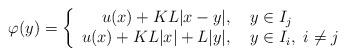
LaTeX: \begin{align*} \varphi(y) = \left\{ \begin{array}{r l}u(x) + KL|x - y|, & \, \, y \in I_{j} \\u(x) + KL|x| + L|y|, & \, \, y \in I_{i}, \, \, i \neq j\end{array}\right.\end{align*}